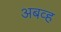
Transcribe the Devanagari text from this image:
अबव्ह